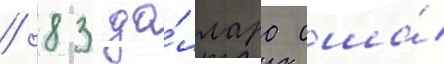
/ 83 до́ллара сша́